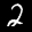
Label: 2